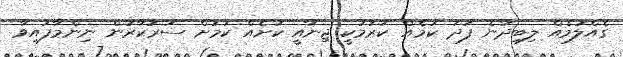
ގެއްލުމެއް ލިބިދާނެ ފަދަ ކަމެއް ކުރުމަކީ ޖިނާއީ ކުށެއް ކަމަށް ސަރުކާރުން ނިންމާފައިވާ